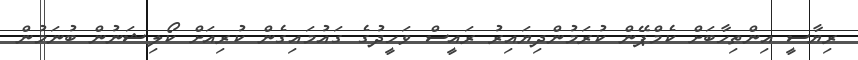
ރިޔާސީ އިންތިހާބަށް ކެމްޕޭން ކުރަމުންދިޔައިރު ރައީސް ވަހީދުގެ ގައުމައިގެން ކުރިއަށް ކޯލިޝަނުން ބުނަމުން